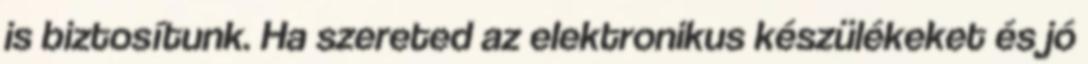
is biztosítunk. Ha szereted az elektronikus készülékeket és jó